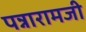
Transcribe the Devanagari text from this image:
पन्नारामजी